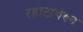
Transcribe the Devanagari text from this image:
रहाटावरुन